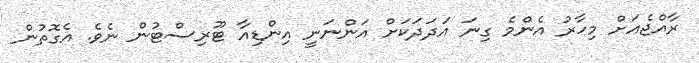
ރާއްޖެއަށް މިހާރު އެންމެ ގިނަ އަދަދަކަށް އަންނަނީ އިންޑިއާ ޓޫރިސްޓުން ނެވެ. އެގޮތުން